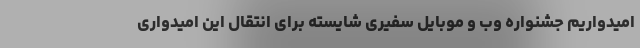
امیدواریم جشنواره وب و موبایل سفیری شایسته برای انتقال این امیدواری